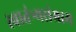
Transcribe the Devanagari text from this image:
स्वातंत्र्यसंग्राम